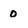
Character: 0